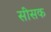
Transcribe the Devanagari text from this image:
सीसक